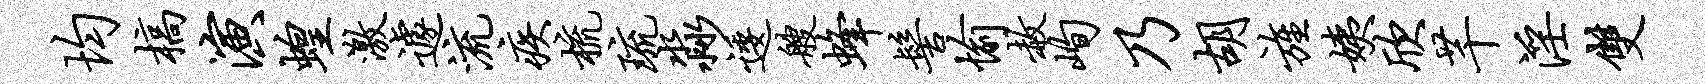
均槁演蝗激遽流疾梳琉淼逶艘蜂髻愉赦峋乃胡旌姨欣芊淫双